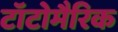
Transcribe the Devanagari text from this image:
टॉटोमैरिक